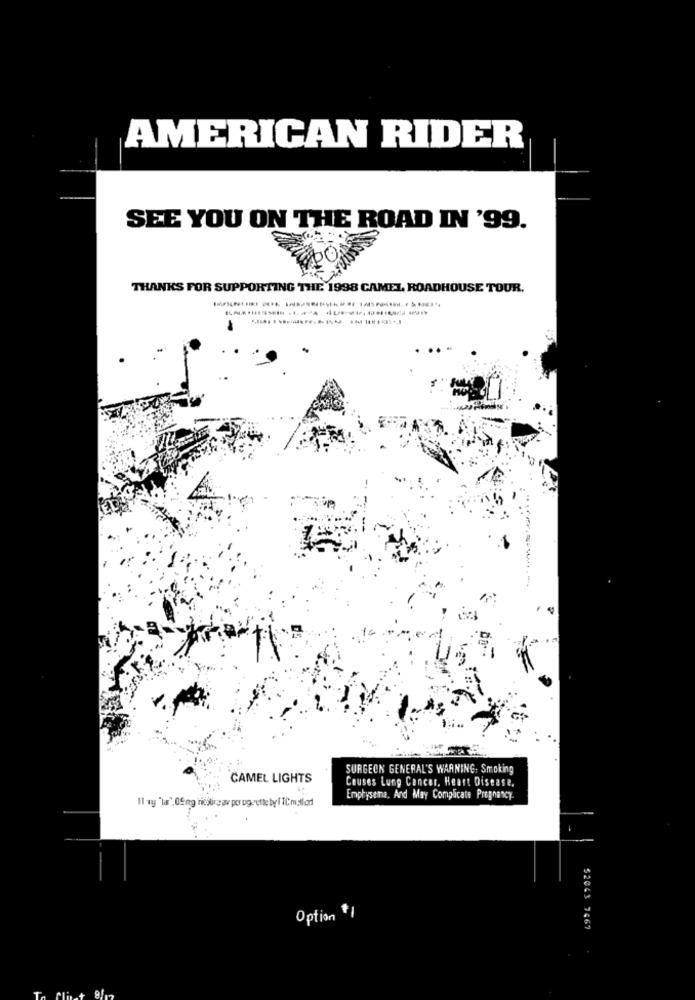
AMERICAN RIDER
SEE YOU ON THE ROAD IN '99.
THANKS FOR SUPPORTING THE 1998 CAMEL, ROADHOUSE TOUR.
-
SURGEON GENERAL'S WARNING: Smoking
CAMEL LIGHTS
Causes Lung Cancer, Heart Disease.
11 my "la',05 mg nocture ar por ogcette by FTCmulled
Emphysema, And May Complicate Pregnancy
Option
$1
52063 7467